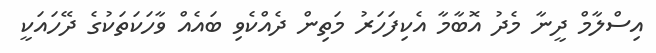
އިސްލާމް ދީނާ މެދު އޮބާމާ އެކިފަހަރު މަތިން ދެއްކެވި ބައެއް ވާހަކަތަކުގެ ދޭހައަކީ